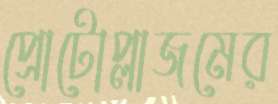
প্রোটোপ্লাজমের